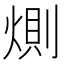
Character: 𭵎